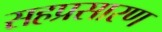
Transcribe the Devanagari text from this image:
सहप्रसारण